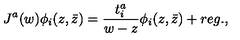
J ^ { a } ( w ) \phi _ { i } ( z , \bar { z } ) = { \frac { t _ { i } ^ { a } } { w - z } } \phi _ { i } ( z , \bar { z } ) + r e g . ,